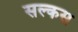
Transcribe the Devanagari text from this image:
सल्कस